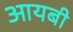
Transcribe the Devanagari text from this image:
आयबी